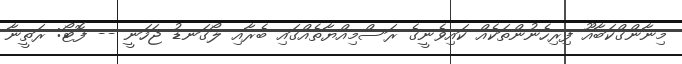
މިނާންގްކަބާއޫ ފިރިހެނުންތަކެއް ކައިވެނީގެ ރަސްމިއްޔާތެއްގައި ބެރާއި ލޯގަނޑު ޖަހަނީ -- ފޮޓޯ: ރަތީނާ